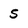
Character: 5